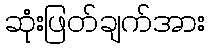
ဆုံးဖြတ်ချက်အား